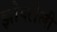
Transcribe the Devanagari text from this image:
झोपलेली